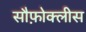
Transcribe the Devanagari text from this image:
सौफ़ोक्लीस